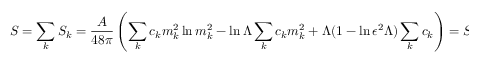
S = \sum _ { k } S _ { k } = { \frac { \cal A } { 4 8 \pi } } \left( \sum _ { k } c _ { k } m _ { k } ^ { 2 } \ln m _ { k } ^ { 2 } - \ln \Lambda \sum _ { k } c _ { k } m _ { k } ^ { 2 } + \Lambda ( 1 - \ln \epsilon ^ { 2 } \Lambda ) \sum _ { k } c _ { k } \right) = S ^ { B H } ~ .